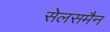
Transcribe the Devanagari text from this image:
सेलसमैन